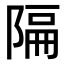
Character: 𫕆